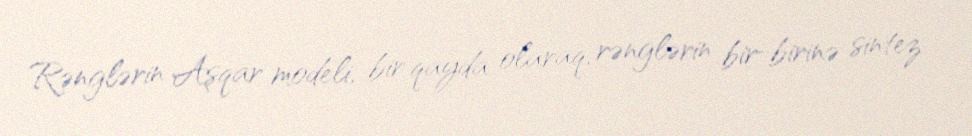
Rənglərin Aşqar modeli, bir qayda olaraq, rənglərin bir-birinə sintez